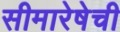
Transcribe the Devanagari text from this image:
सीमारेषेची